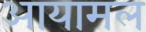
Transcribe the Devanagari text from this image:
आयामल